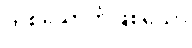
တစ်ယောက်ဖြစ်သော